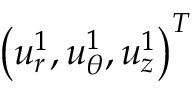
\left( { u } _ { r } ^ { 1 } , { u } _ { \theta } ^ { 1 } , { u } _ { z } ^ { 1 } \right) ^ { T }